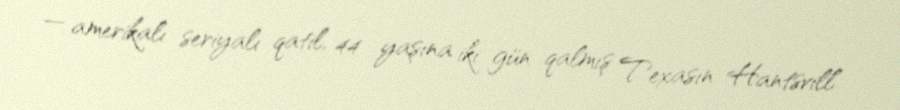
— amerikalı seriyalı qatil, 44 yaşına iki gün qalmış Texasın Hantsvill